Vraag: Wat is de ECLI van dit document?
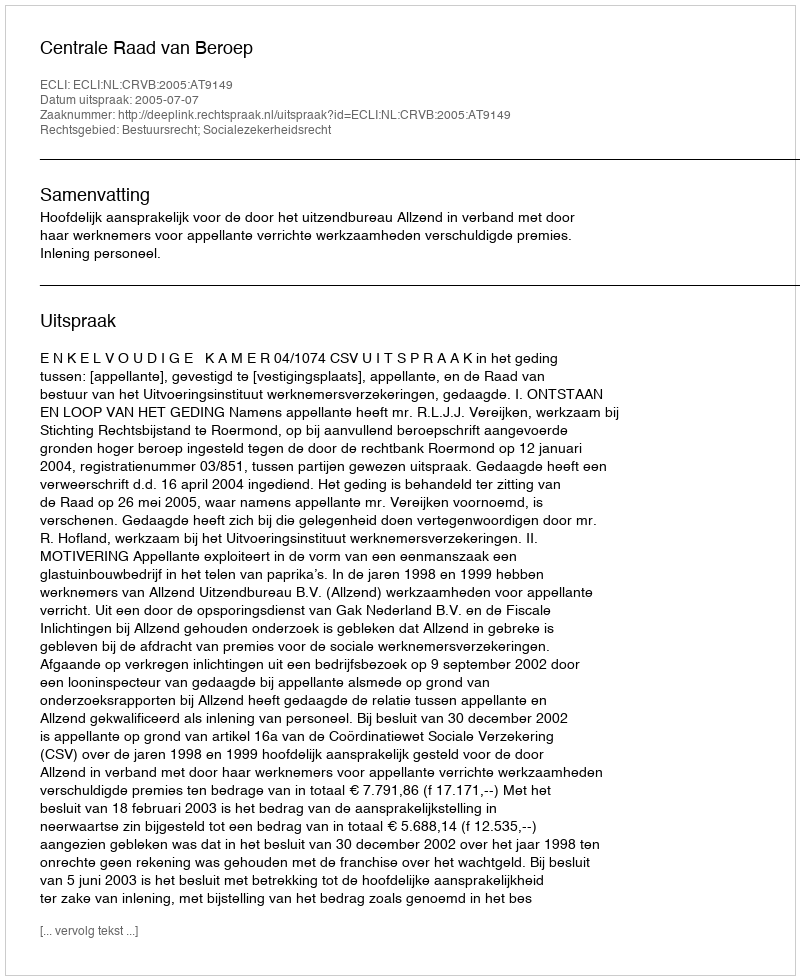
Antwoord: ECLI:NL:CRVB:2005:AT9149